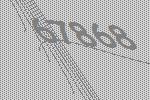
67868